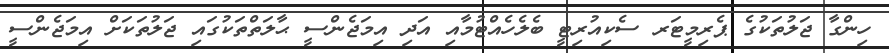
ހިންގާ ޖަލުތަކުގެ ޕެރިމީޓަރ ސެކިއުރިޓީ ބެލެހެއްޓުމާއި އަދި އިމަޖެންސީ ޙާލަތްތަކުގައި ޖަލުތަކަށް އިމަޖެންސީ